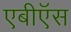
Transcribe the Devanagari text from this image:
एबीऍस